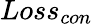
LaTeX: Loss_{con}